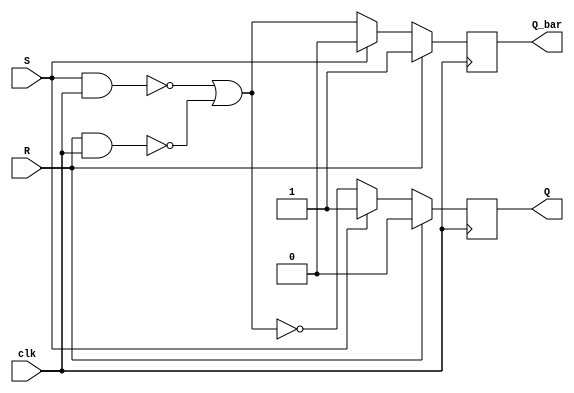
module sr_flipflop (
    input wire S, // Set input
    input wire R, // Reset input
    input wire clk, // Clock input
    output reg Q, // Output Q
    output reg Q_bar // Output Q_bar
);

// Internal signals
wire nand_out1, nand_out2, nor_out;

// Implementing SR flip-flop logic
assign nand_out1 = ~(S & clk);
assign nand_out2 = ~(R & clk);
assign nor_out = ~(nand_out1 | nand_out2);

always @(posedge clk) begin
    if (R) begin
        Q <= 0;
        Q_bar <= 1;
    end else if (S) begin
        Q <= 1;
        Q_bar <= 0;
    end else begin
        Q <= nor_out;
        Q_bar <= ~nor_out;
    end
end

endmodule